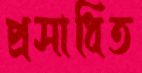
প্রসাধিত